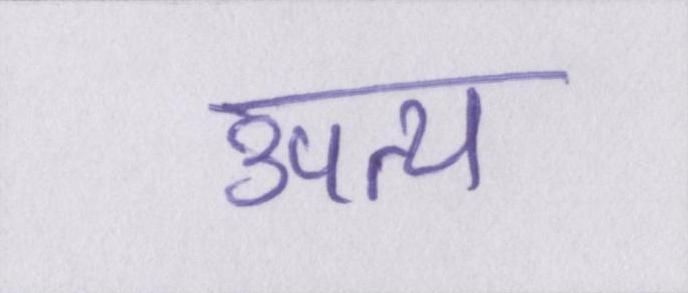
उपत्य